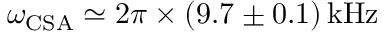
\omega _ { \mathrm { C S A } } \simeq 2 \pi \times ( 9 . 7 \pm 0 . 1 ) \mathrm { \, k H z }